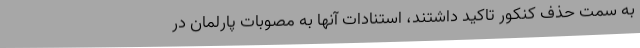
به سمت حذف کنکور تاکید داشتند، استنادات آنها به مصوبات پارلمان در